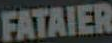
FATAIER